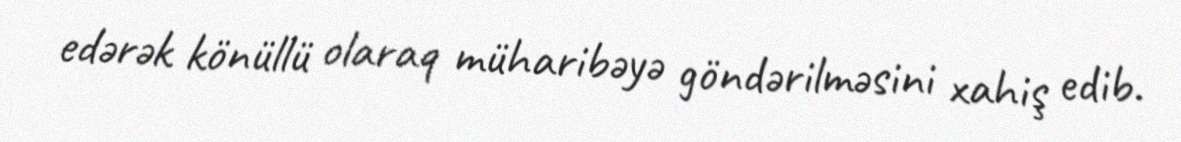
edərək könüllü olaraq müharibəyə göndərilməsini xahiş edib.